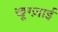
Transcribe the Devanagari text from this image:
खूग्ज़ाई